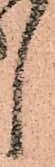
候